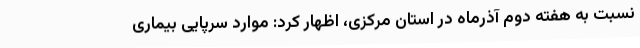
نسبت به هفته دوم آذرماه در استان مرکزی، اظهار کرد: موارد سرپایی بیماری